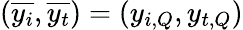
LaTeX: (\overline{{y_{i}}},\overline{{y_{t}}})=(y_{i,Q},y_{t,Q})